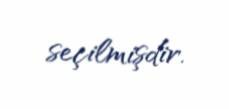
seçilmişdir.